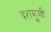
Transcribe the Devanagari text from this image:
दशमुखी